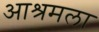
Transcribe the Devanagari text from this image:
आश्रमला